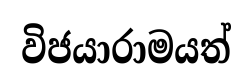
විජයාරාමයත්